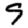
Digit: 9